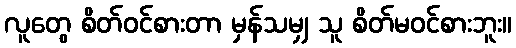
လူတွေ စိတ်ဝင်စားတာ မှန်သမျှ သူ စိတ်မဝင်စားဘူး။